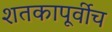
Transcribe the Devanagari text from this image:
शतकापूर्वीच